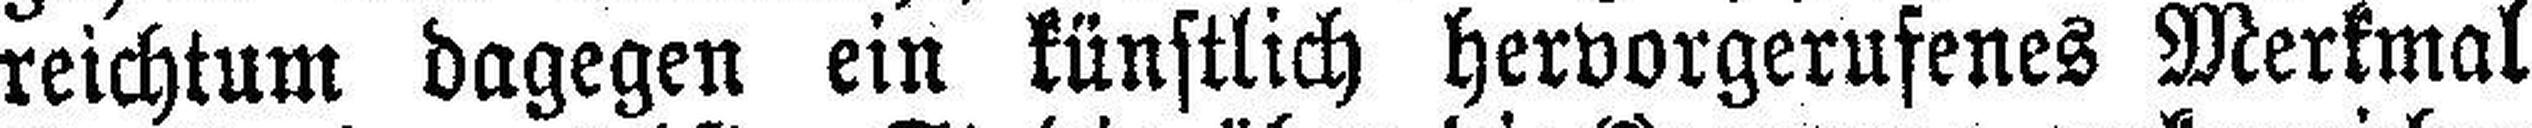
reichtum dagegen ein künstlich hervorgerufenes Merkmal